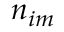
n _ { i m }